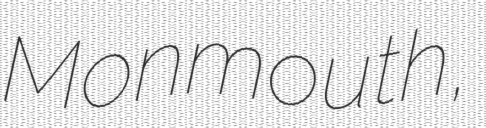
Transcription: Monmouth,